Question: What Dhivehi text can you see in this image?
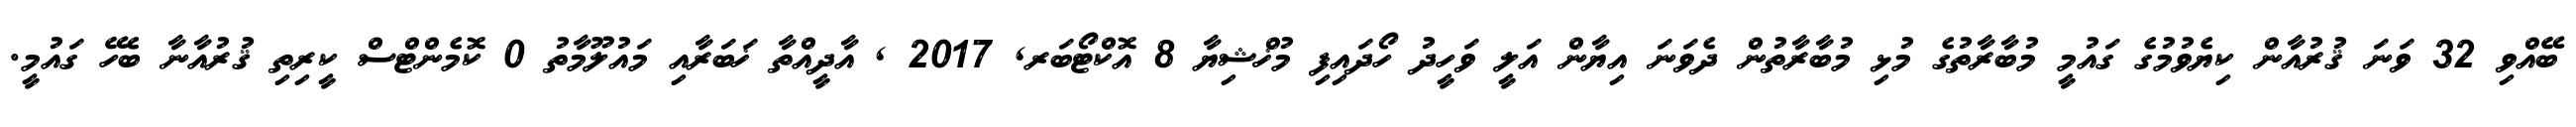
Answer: ބޭއްވި 32 ވަނަ ޤުރުއާން ކިޔެވުމުގެ ގައުމީ މުބާރާތުގެ މުޅި މުބާރާތުން ދެވަނަ އިޔާން އަލީ ވަހީދު ހޯދައިފި މުޚްޝިޔާ 8 އޮކްޓޯބަރ, 2017 , އާދީއްތާ ޚަބަރާއި މައުލޫމާތު 0 ކޮމެންޓްސް ކީރިތި ޤުރުއާނާ ބެހޭ ގައުމީ.